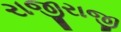
રાજીરાજી